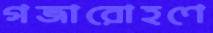
গজারোহণে